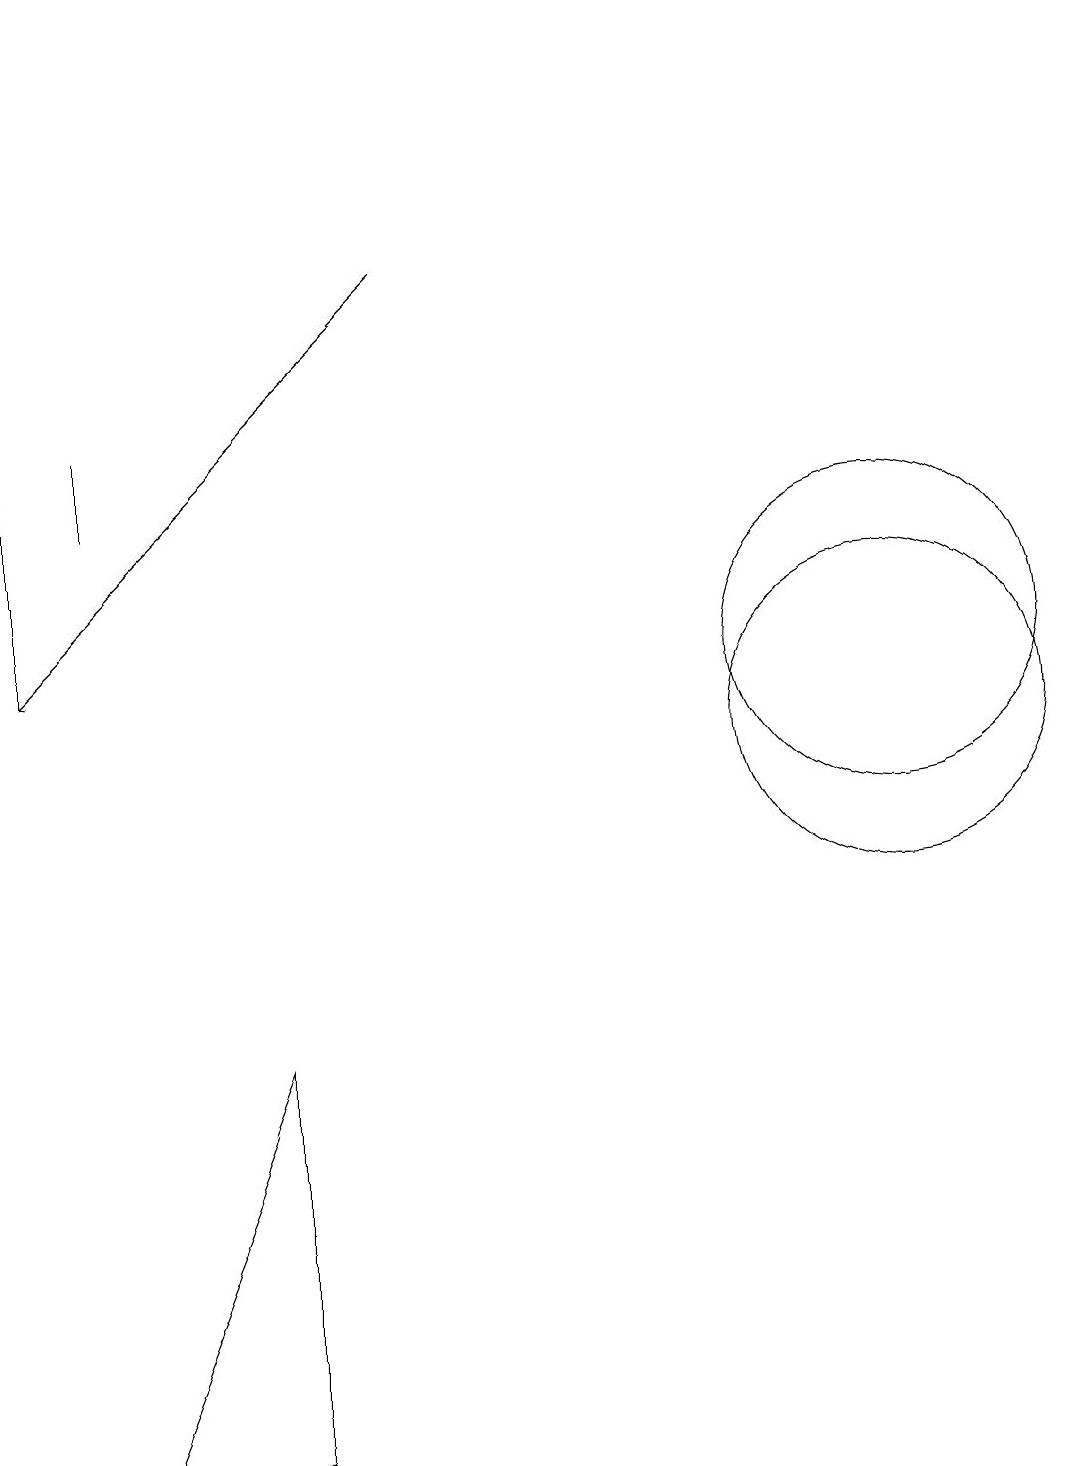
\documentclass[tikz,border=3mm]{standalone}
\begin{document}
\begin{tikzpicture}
\draw (12,11) circle (2);
\draw (4,6) -- (2,1) -- (4,1) -- cycle;
\draw (12,10) circle (2);
\draw (2,13) rectangle (2,14);
\draw (1,19) rectangle (1,11);
\draw[->] (6,16) -- (1,11);
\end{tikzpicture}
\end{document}